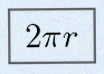
2\pi r